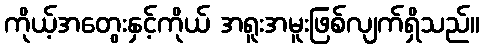
ကိုယ့်အတွေးနှင့်ကိုယ် အရူးအမူးဖြစ်လျက်ရှိသည်။